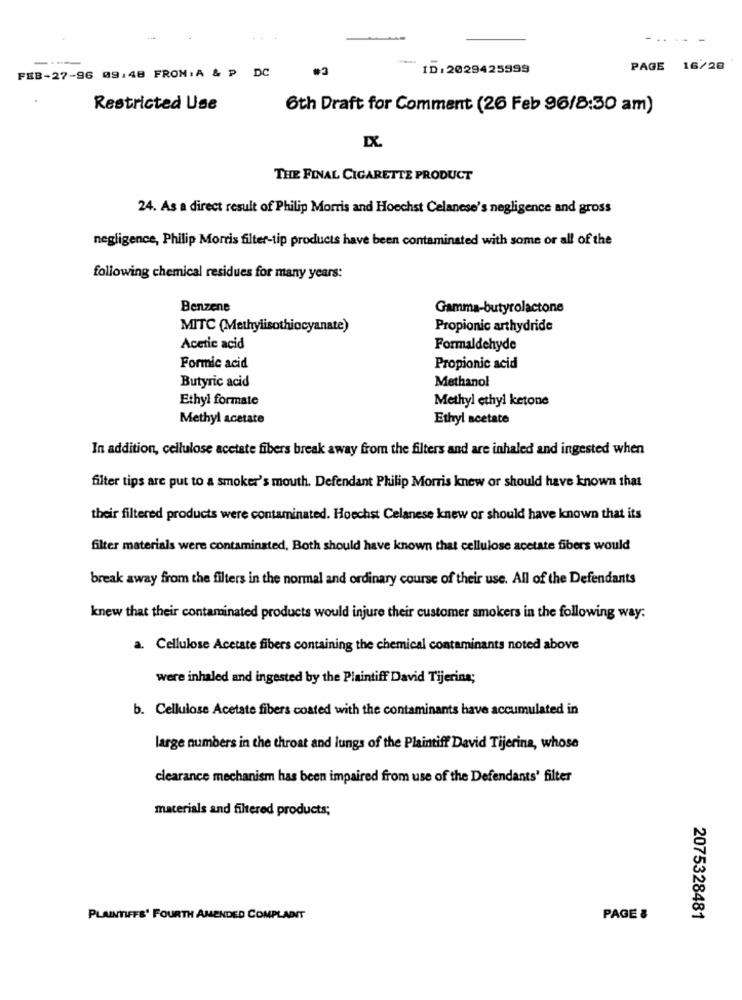
FEB-27-96 09:48 FRON: A & P DC
.3
ID:2029425999
PAGE 16/28
Restricted Use
6th Draft for Comment (26 Feb 96/8:30 am)
THE FINAL CIGARETTE PRODUCT
24. As a direct result of Philip Morris and Hoechst Celanese's negligence and gross
negligence, Philip Morris filter-tip products have been contaminated with some or all of the
following chemical residues for many years:
Benzene
Gamma-butyrolactone
MITC (Methylisothiocyanate)
Propionic arthydride
Acetic acid
Formaldehyde
Formic acid
Propionic acid
Butyric acid
Methanol
Ethyl formato
Methyl ethyl ketone
Methyl acetate
Ethyl acetate
In addition, cellulose acetate fibers break away from the filters and are inhaled and ingested when
filter tips are put to a smoker's mouth. Defendant Philip Morris knew or should have known that
their filtered products were contaminated. Hoechst Celanese knew or should have known that its
filter materials were contaminated, Both should have known that cellulose acetate fibers would
break away from the filters in the normal and ordinary course of their use. All of the Defendants
knew that their contaminated products would injure their customer smokers in the following way:
a. Cellulose Acetate fibers containing the chemical contaminants noted above
were inhaled and ingested by the Plaintiff David Tijerina;
b. Cellulose Acetate fibers coated with the contaminants have accumulated in
large numbers in the throat and lungs of the Plaintiff David Tijerina, whose
clearance mechanism has been impaired from use of the Defendants' filter
materials and filtered products;
PLAINTIFFS' FOURTH AMENDED COMPLADIT
PAGE &
2075328481